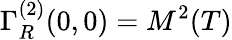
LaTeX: \Gamma_{R}^{(2)}(0,0)=M^{2}(T)